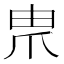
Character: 𤰰